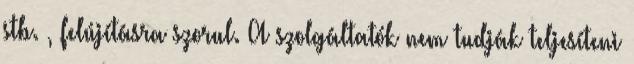
stb. , felújításra szorul. A szolgáltatók nem tudják teljesíteni